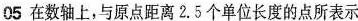
05在数轴上，与原点距离2.5个单位长度的点所表示